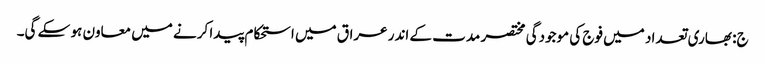
ج: بھاری تعداد میں فوج کی موجودگی مختصر مدت کے اندر عراق میں استحکام پیدا کرنے میں معاون ہو سکے گی۔